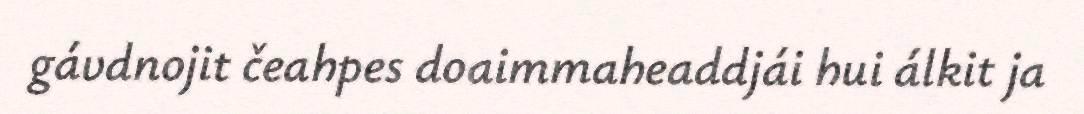
gávdnojit čeahpes doaimmaheaddjái hui álkit ja